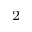
_ 2